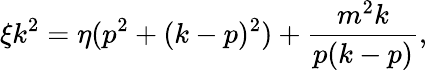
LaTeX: \xi k^{2}=\eta(p^{2}+(k-p)^{2})+\frac{m^{2}k}{p(k-p)},